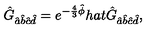
\hat { G } _ { \hat { a } \hat { b } \hat { c } \hat { d } } = e ^ { - \frac { 4 } { 3 } \hat { \phi } } h a t { \hat { G } } _ { \hat { a } \hat { b } \hat { c } \hat { d } } ,